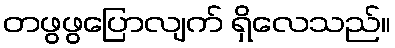
တဖွဖွပြောလျက် ရှိလေသည်။